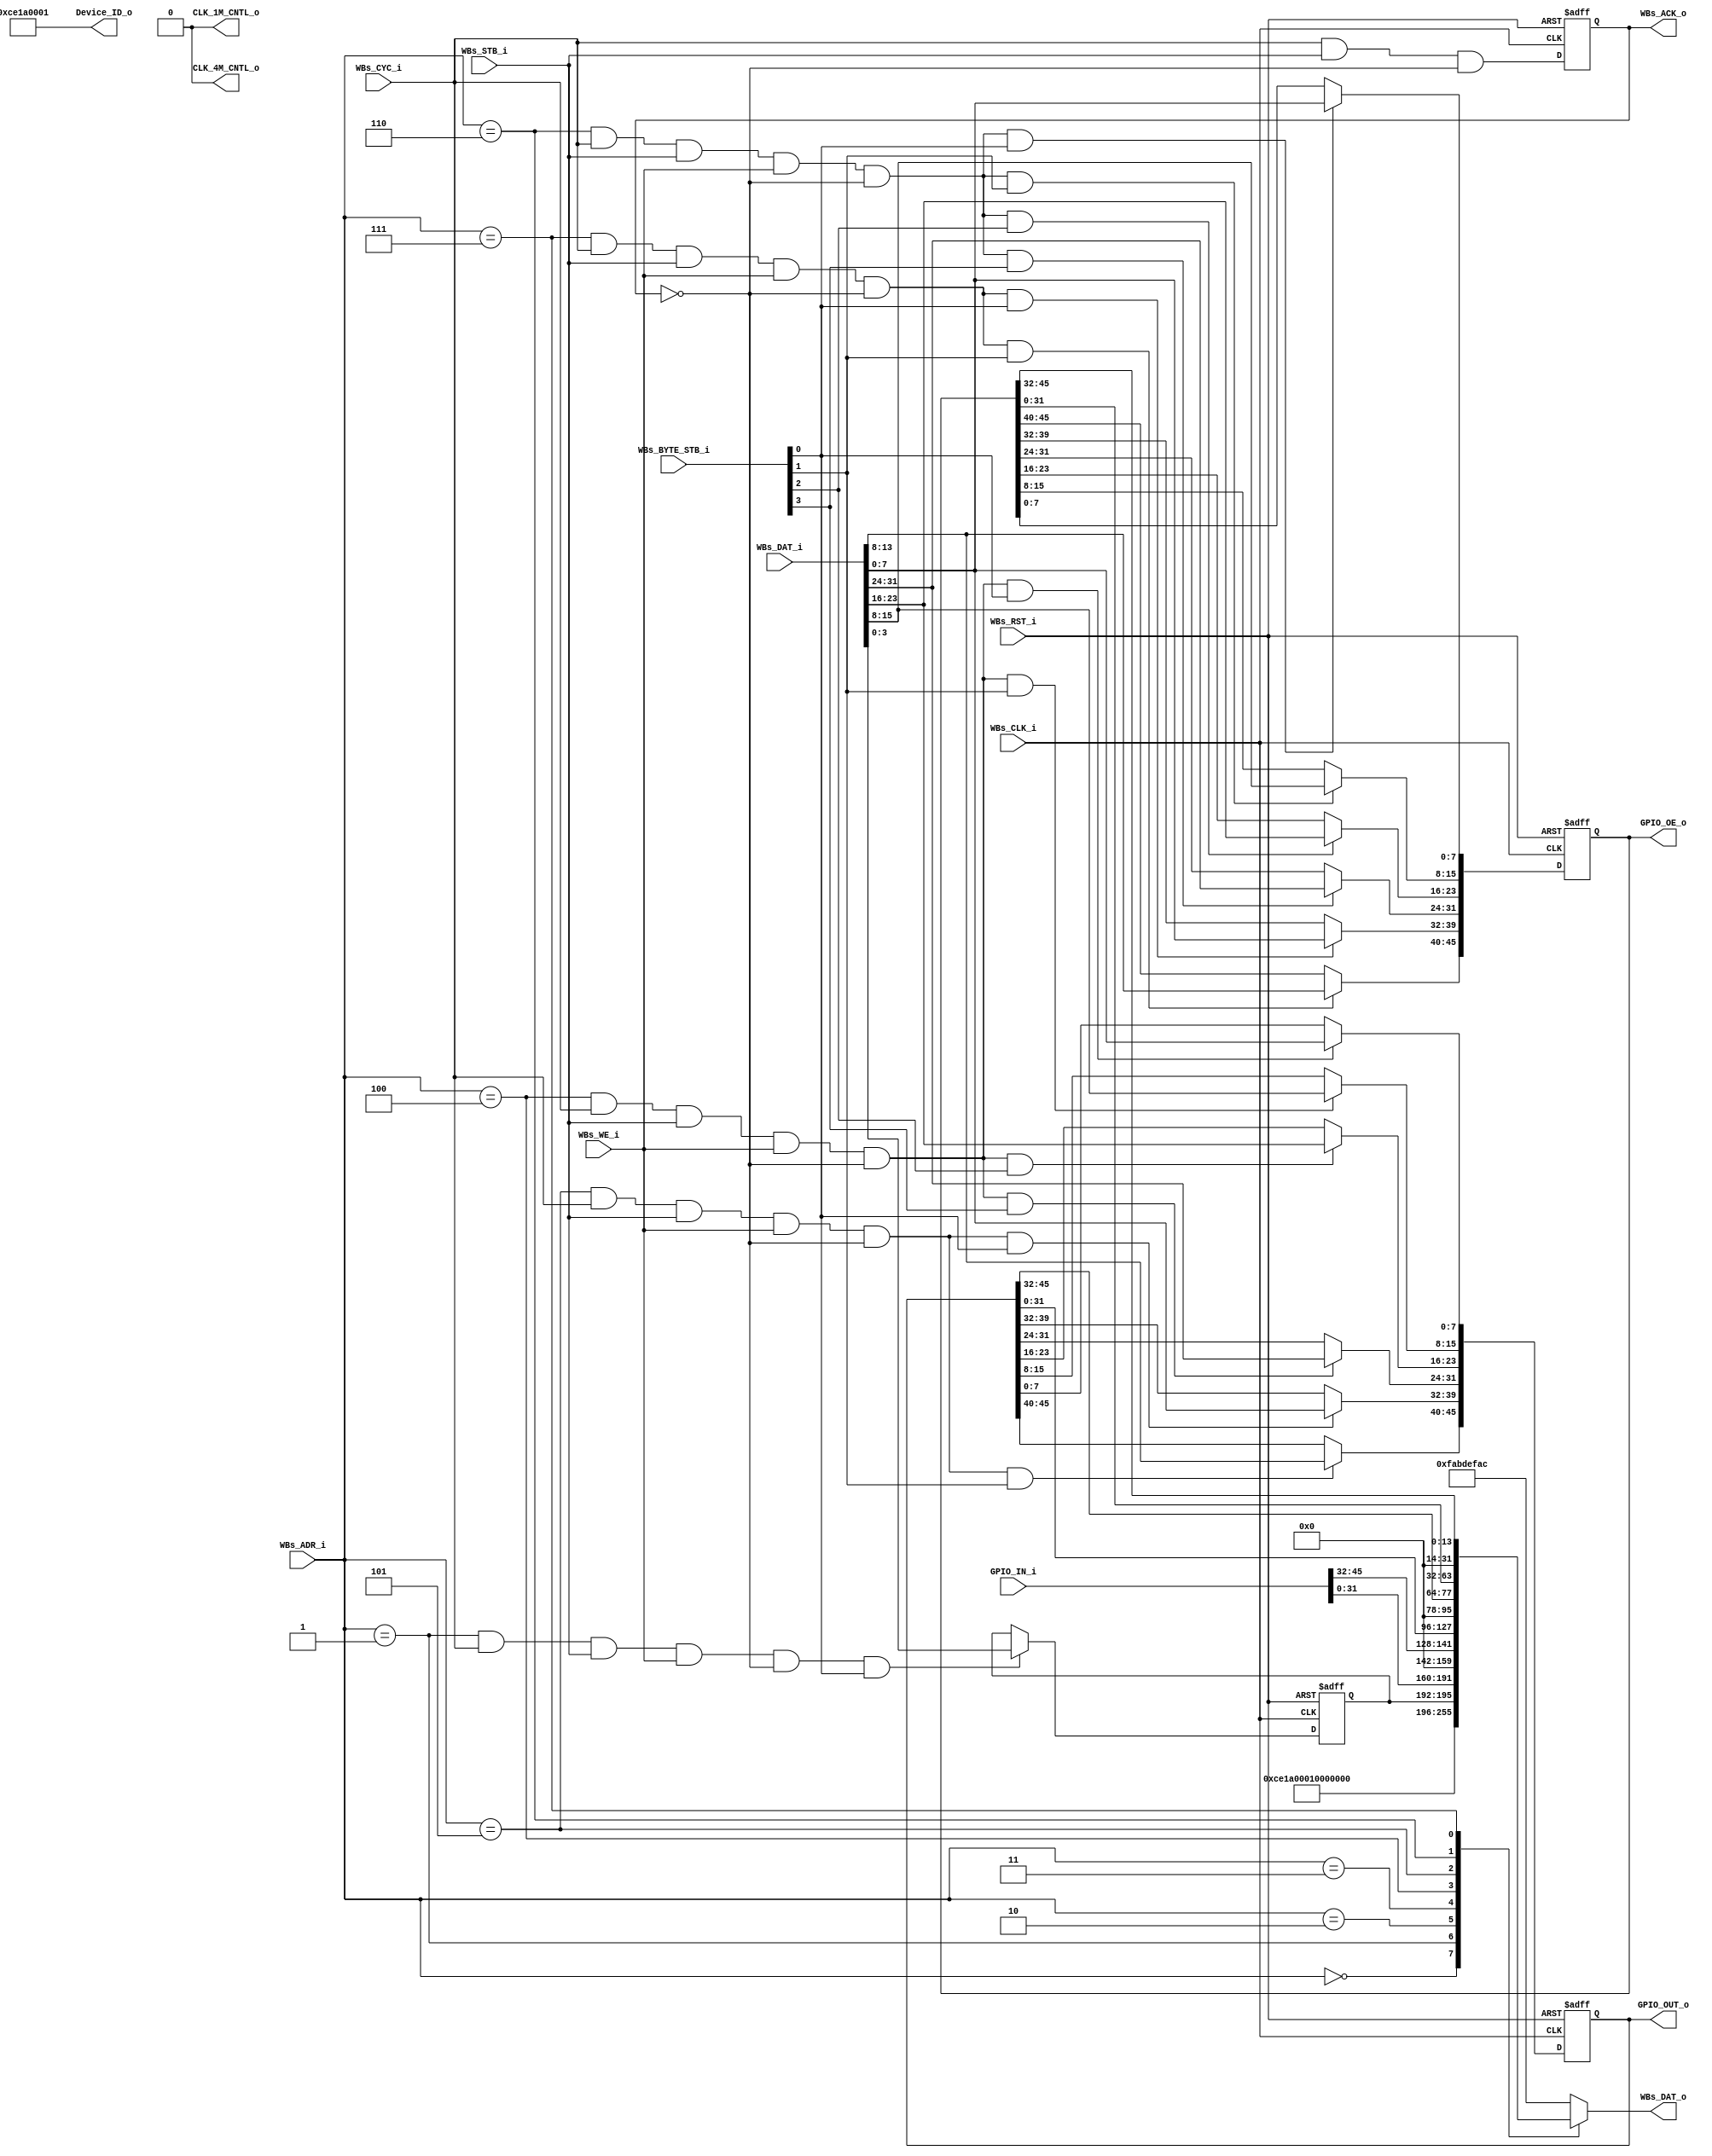
// -----------------------------------------------------------------------------
// title          : AL4S3B Example FPGA Register Module
// project        : Tamar2 Device
// -----------------------------------------------------------------------------
// company        : QuickLogic Corp
// last update    : 2016/02/03
// platform       : ArcticLink 4 S3B
// standard       : Verilog 2001
// -----------------------------------------------------------------------------
// description: The FPGA example IP design contains the essential logic for
//              interfacing the ASSP of the AL4S3B to registers and memory 
//              located in the programmable FPGA.
// -----------------------------------------------------------------------------
// copyright (c) 2016
// -----------------------------------------------------------------------------
// revisions  :
// date            version    author         description
// 2016/02/03      1.0        Rakesh M     Initial Release
//
// -----------------------------------------------------------------------------
// Comments: This solution is specifically for use with the QuickLogic
//           AL4S3B device. 
// -----------------------------------------------------------------------------
//
`timescale 1ns / 10ps

module AL4S3B_FPGA_Registers ( 

                         // AHB-To_FPGA Bridge I/F
                         //
                         WBs_ADR_i,
                         WBs_CYC_i,
                         WBs_BYTE_STB_i,
                         WBs_WE_i,
                         WBs_STB_i,
                         WBs_DAT_i,
                         WBs_CLK_i,
                         WBs_RST_i,
                         WBs_DAT_o,
                         WBs_ACK_o,

                         //
                         // Misc
                         //
                         CLK_4M_CNTL_o,
                         CLK_1M_CNTL_o,
                         Device_ID_o,
					 
                         GPIO_IN_i,
				                 GPIO_OUT_o,
				                 GPIO_OE_o
                         );


//------Port Parameters----------------
//

parameter                ADDRWIDTH                   =   7  ;   // Allow for up to 128 registers in the FPGA
parameter                DATAWIDTH                   =  32  ;   // Allow for up to 128 registers in the FPGA

parameter                FPGA_REG_ID_VALUE_ADR       =  7'h0; 
parameter                FPGA_MODE_SEL_ADR           =  7'h1; 
parameter                FPGA_GPIO_IN_REG_ADR1       =  7'h2; 
parameter                FPGA_GPIO_IN_REG_ADR2       =  7'h3;
parameter                FPGA_GPIO_OUT_REG_ADR1      =  7'h4; 
parameter                FPGA_GPIO_OUT_REG_ADR2      =  7'h5; 
parameter                FPGA_GPIO_OE_REG_ADR1       =  7'h6; 
parameter                FPGA_GPIO_OE_REG_ADR2       =  7'h7;

parameter                AL4S3B_DEVICE_ID            = 16'h0;
parameter                AL4S3B_REV_LEVEL            = 32'h0;
parameter                AL4S3B_GPIO_REG             = 46'h0;
parameter                AL4S3B_GPIO_OE_REG          = 46'h0;

parameter                AL4S3B_DEF_REG_VALUE        = 32'hFAB_DEF_AC;


//------Port Signals-------------------
//

// AHB-To_FPGA Bridge I/F
//
input   [ADDRWIDTH-1:0]  WBs_ADR_i     ;  // Address Bus                to   FPGA
input                    WBs_CYC_i     ;  // Cycle Chip Select          to   FPGA
input             [3:0]  WBs_BYTE_STB_i;  // Byte Select                to   FPGA
input                    WBs_WE_i      ;  // Write Enable               to   FPGA
input                    WBs_STB_i     ;  // Strobe Signal              to   FPGA
input   [DATAWIDTH-1:0]  WBs_DAT_i     ;  // Write Data Bus             to   FPGA
input                    WBs_CLK_i     ;  // FPGA Clock               from FPGA
input                    WBs_RST_i     ;  // FPGA Reset               to   FPGA
output  [DATAWIDTH-1:0]  WBs_DAT_o     ;  // Read Data Bus              from FPGA
output                   WBs_ACK_o     ;  // Transfer Cycle Acknowledge from FPGA

//
// Misc
//
output           [31:0]  Device_ID_o   ;

output 					         CLK_4M_CNTL_o;
output 					         CLK_1M_CNTL_o;

// GPIO
//
input            [45:0]  GPIO_IN_i     ;
output           [45:0]  GPIO_OUT_o    ;
output           [45:0]  GPIO_OE_o     ;

// FPGA Global Signals
//
wire                     WBs_CLK_i     ;  // Wishbone FPGA Clock
wire                     WBs_RST_i     ;  // Wishbone FPGA Reset

// Wishbone Bus Signals
//
wire    [ADDRWIDTH-1:0]  WBs_ADR_i     ;  // Wishbone Address Bus
wire                     WBs_CYC_i     ;  // Wishbone Client Cycle  Strobe (i.e. Chip Select)
wire              [3:0]  WBs_BYTE_STB_i;  // Wishbone Byte   Enables
wire                     WBs_WE_i      ;  // Wishbone Write  Enable Strobe
wire                     WBs_STB_i     ;  // Wishbone Transfer      Strobe
wire    [DATAWIDTH-1:0]  WBs_DAT_i     ;  // Wishbone Write  Data Bus
 
reg     [DATAWIDTH-1:0]  WBs_DAT_o     ;  // Wishbone Read   Data Bus

reg                      WBs_ACK_o     ;  // Wishbone Client Acknowledge

// Misc
//
wire              [31:0]  Device_ID_o   ;

// GPIO
//
wire             [45:0]  GPIO_IN_i;
reg              [45:0]  GPIO_OUT_o;
reg              [45:0]  GPIO_OE_o;

reg               [3:0]  Mode_Sel_o;

//------Define Parameters--------------
//

//
// None at this time
//

//------Internal Signals---------------
//
wire                     FB_Mode_Sel_Wr_Dcd;
wire                     FB_GPIO_Reg_Wr_Dcd1;
wire                     FB_GPIO_Reg_Wr_Dcd2;
wire                     FB_GPIO_OE_Reg_Wr_Dcd1;
wire                     FB_GPIO_OE_Reg_Wr_Dcd2;

wire					           WBs_ACK_o_nxt;


//------Logic Operations---------------
//
assign CLK_4M_CNTL_o = 1'b0 ;
assign CLK_1M_CNTL_o = 1'b0 ;

// Define the FPGA's local register write enables
//
assign FB_Mode_Sel_Wr_Dcd     = ( WBs_ADR_i == FPGA_MODE_SEL_ADR ) & WBs_CYC_i & WBs_STB_i & WBs_WE_i & (~WBs_ACK_o);
assign FB_GPIO_Reg_Wr_Dcd1    = ( WBs_ADR_i == FPGA_GPIO_OUT_REG_ADR1 ) & WBs_CYC_i & WBs_STB_i & WBs_WE_i & (~WBs_ACK_o);
assign FB_GPIO_Reg_Wr_Dcd2    = ( WBs_ADR_i == FPGA_GPIO_OUT_REG_ADR2 ) & WBs_CYC_i & WBs_STB_i & WBs_WE_i & (~WBs_ACK_o);
assign FB_GPIO_OE_Reg_Wr_Dcd1 = ( WBs_ADR_i == FPGA_GPIO_OE_REG_ADR1 ) & WBs_CYC_i & WBs_STB_i & WBs_WE_i & (~WBs_ACK_o);
assign FB_GPIO_OE_Reg_Wr_Dcd2 = ( WBs_ADR_i == FPGA_GPIO_OE_REG_ADR2 ) & WBs_CYC_i & WBs_STB_i & WBs_WE_i & (~WBs_ACK_o);

// Define the Acknowledge back to the host for registers
//
assign WBs_ACK_o_nxt          =   WBs_CYC_i & WBs_STB_i & (~WBs_ACK_o);


// Define the FPGA's Local Registers
//
always @( posedge WBs_CLK_i or posedge WBs_RST_i)
begin
    if (WBs_RST_i) begin
		  Mode_Sel_o  <= 4'h0;    
      GPIO_OUT_o  <= AL4S3B_GPIO_REG;
      GPIO_OE_o   <= AL4S3B_GPIO_OE_REG;
      WBs_ACK_o   <= 1'b0;
    end  
    else begin	
      if(FB_Mode_Sel_Wr_Dcd && WBs_BYTE_STB_i[0])
        Mode_Sel_o[3:0] <= WBs_DAT_i[3:0]  ;

      // Define the GPIO Register 
      //
      if (FB_GPIO_Reg_Wr_Dcd1 && WBs_BYTE_STB_i[0]) 
        GPIO_OUT_o[7:0] <= WBs_DAT_i[7:0]  ;

      if (FB_GPIO_Reg_Wr_Dcd1 && WBs_BYTE_STB_i[1])
        GPIO_OUT_o[15:8] <= WBs_DAT_i[15:8] ;

      if (FB_GPIO_Reg_Wr_Dcd1 && WBs_BYTE_STB_i[2])
        GPIO_OUT_o[23:16] <= WBs_DAT_i[23:16];
			
      if (FB_GPIO_Reg_Wr_Dcd1 && WBs_BYTE_STB_i[3])
        GPIO_OUT_o[31:24] <= WBs_DAT_i[31:24];
			
      if (FB_GPIO_Reg_Wr_Dcd2 && WBs_BYTE_STB_i[0]) 
        GPIO_OUT_o[39:32] <= WBs_DAT_i[7:0]  ;
			
      if (FB_GPIO_Reg_Wr_Dcd2 && WBs_BYTE_STB_i[1]) 
        GPIO_OUT_o[45:40] <= WBs_DAT_i[13:8]  ;

      // Define the GPIO Control Register 
      //
      if(FB_GPIO_OE_Reg_Wr_Dcd1 && WBs_BYTE_STB_i[0])
        GPIO_OE_o[7:0] <= WBs_DAT_i[7:0]  ;

      if(FB_GPIO_OE_Reg_Wr_Dcd1 && WBs_BYTE_STB_i[1])
        GPIO_OE_o[15:8] <= WBs_DAT_i[15:8] ;

      if(FB_GPIO_OE_Reg_Wr_Dcd1 && WBs_BYTE_STB_i[2])
        GPIO_OE_o[23:16] <= WBs_DAT_i[23:16];
			
      if(FB_GPIO_OE_Reg_Wr_Dcd1 && WBs_BYTE_STB_i[3])
        GPIO_OE_o[31:24] <= WBs_DAT_i[31:24];
		
	    if(FB_GPIO_OE_Reg_Wr_Dcd2 && WBs_BYTE_STB_i[0]) 
        GPIO_OE_o[39:32] <= WBs_DAT_i[7:0]  ;
			
      if(FB_GPIO_OE_Reg_Wr_Dcd2 && WBs_BYTE_STB_i[1]) 
        GPIO_OE_o[45:40] <= WBs_DAT_i[13:8]  ;

      WBs_ACK_o <= WBs_ACK_o_nxt;
    end  
end

assign Device_ID_o	=  32'hce1a0001;
// Define the how to read the local registers and memory
//
always @(
         WBs_ADR_i         or
         Device_ID_o       or
         Mode_Sel_o		     or
         GPIO_IN_i         or
         GPIO_OUT_o        or
         GPIO_OE_o                
        )
 begin
    case(WBs_ADR_i[ADDRWIDTH-1:0])
      FPGA_REG_ID_VALUE_ADR     : WBs_DAT_o <= Device_ID_o;
      FPGA_MODE_SEL_ADR         : WBs_DAT_o <= {28'h0, Mode_Sel_o};  
      FPGA_GPIO_IN_REG_ADR1     : WBs_DAT_o <= GPIO_IN_i[31:0]; 
      FPGA_GPIO_IN_REG_ADR2     : WBs_DAT_o <= {18'h0, GPIO_IN_i[45:32]};
      FPGA_GPIO_OUT_REG_ADR1    : WBs_DAT_o <= GPIO_OUT_o[31:0];
      FPGA_GPIO_OUT_REG_ADR2    : WBs_DAT_o <= {18'h0, GPIO_OUT_o[45:32]};
      FPGA_GPIO_OE_REG_ADR1     : WBs_DAT_o <= GPIO_OE_o[31:0];
      FPGA_GPIO_OE_REG_ADR2     : WBs_DAT_o <= {18'h0, GPIO_OE_o[45:32]};
      default                   : WBs_DAT_o <= AL4S3B_DEF_REG_VALUE;
    endcase
end

endmodule